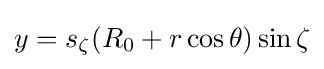
y=s_{\zeta }(R_{0}+r\cos \theta )\sin \zeta